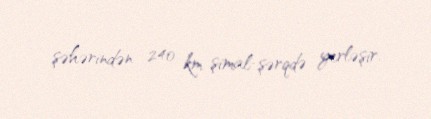
şəhərindən 240 km şimal-şərqdə yerləşir.